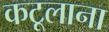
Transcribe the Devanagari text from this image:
कटूलाना